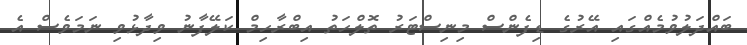
ބައްދަލުވުމެއްގައި އޭރުގެ ޑިފެންސް މިނިސްޓަރު ތޮލްހަތު އިބްރާހިމް ކަލޭފާނު ވިދާޅުވި ނަމަވެސް އެ